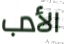
الأدب